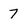
Character: 7